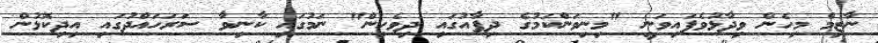
ނާޒިމް މިހެން ވިދާޅުވެފައިވަނީ "މިނިވަންކަމުގެ ދިފާއުގައި ދިވެހިން" ނަމުގައި ކާނިވާ ސަރަހައްދުގައި އިދިކޮޅުން